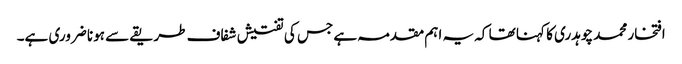
افتخار محمد چوہدری کا کہنا تھا کہ یہ اہم مقدمہ ہے جس کی تفتیش شفاف طریقے سے ہونا ضروری ہے۔